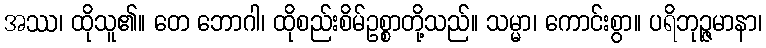
အဿ၊ ထိုသူ၏။ တေ ဘောဂါ၊ ထိုစည်းစိမ်ဥစ္စာတို့သည်။ သမ္မာ၊ ကောင်းစွာ။ ပရိဘုဉ္ဇမာနာ၊